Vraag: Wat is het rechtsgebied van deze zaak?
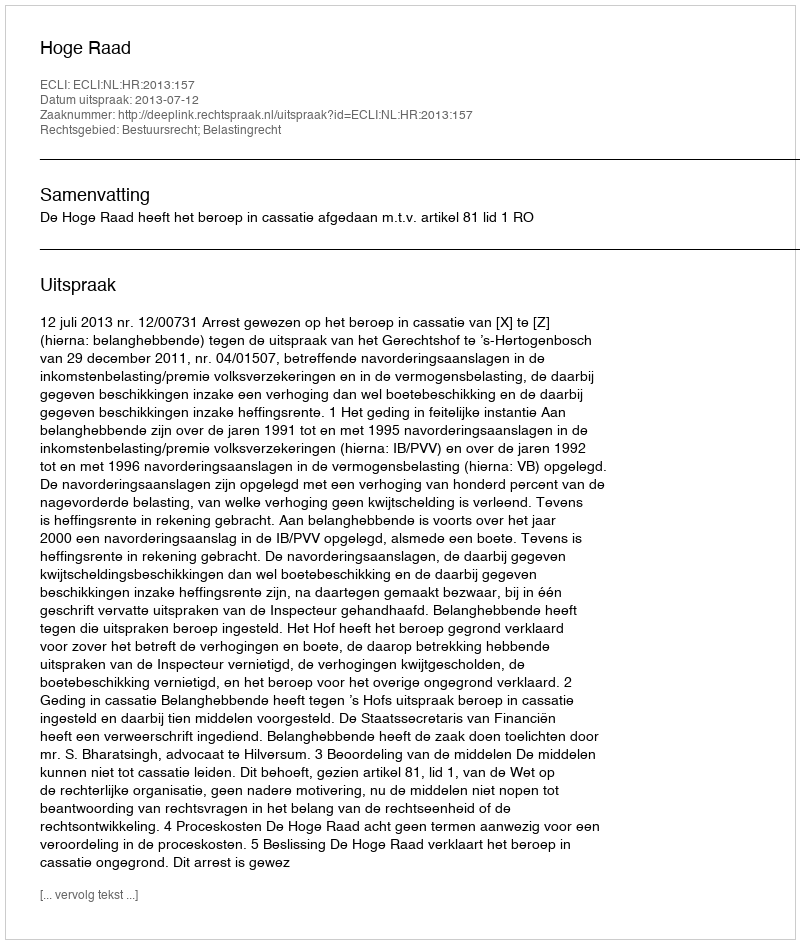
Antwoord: Bestuursrecht; Belastingrecht